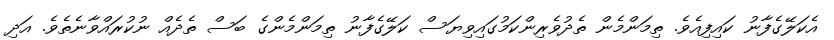
އެކަލޭގެފާނު ކައިފިއެވެ. ތިމަންމެން ތެދުވެރިންކަމުގައިވިޔަސް ކަލޭގެފާނު ތިމަންމެންގެ ބަސް ތެދެއް ނުކުރައްވާނެތެވެ. އަދި